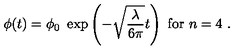
\phi ( t ) = \phi _ { 0 } \ \exp \left( - \sqrt { \frac { \lambda } { 6 \pi } } t \right) \ \mathrm { f o r } \ n = 4 \ .